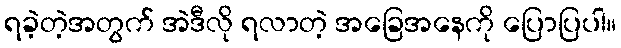
ရခဲ့တဲ့အတွက် အဲဒီလို ရလာတဲ့ အခြေအနေကို ပြောပြပါ။